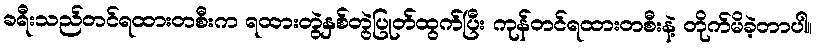
ခရီးသည်တင်ရထားတစီးက ရထားတွဲနှစ်တွဲပြုတ်ထွက်ပြီး ကုန်တင်ရထားတစီးနဲ့ တိုက်မိခဲ့တာပါ။